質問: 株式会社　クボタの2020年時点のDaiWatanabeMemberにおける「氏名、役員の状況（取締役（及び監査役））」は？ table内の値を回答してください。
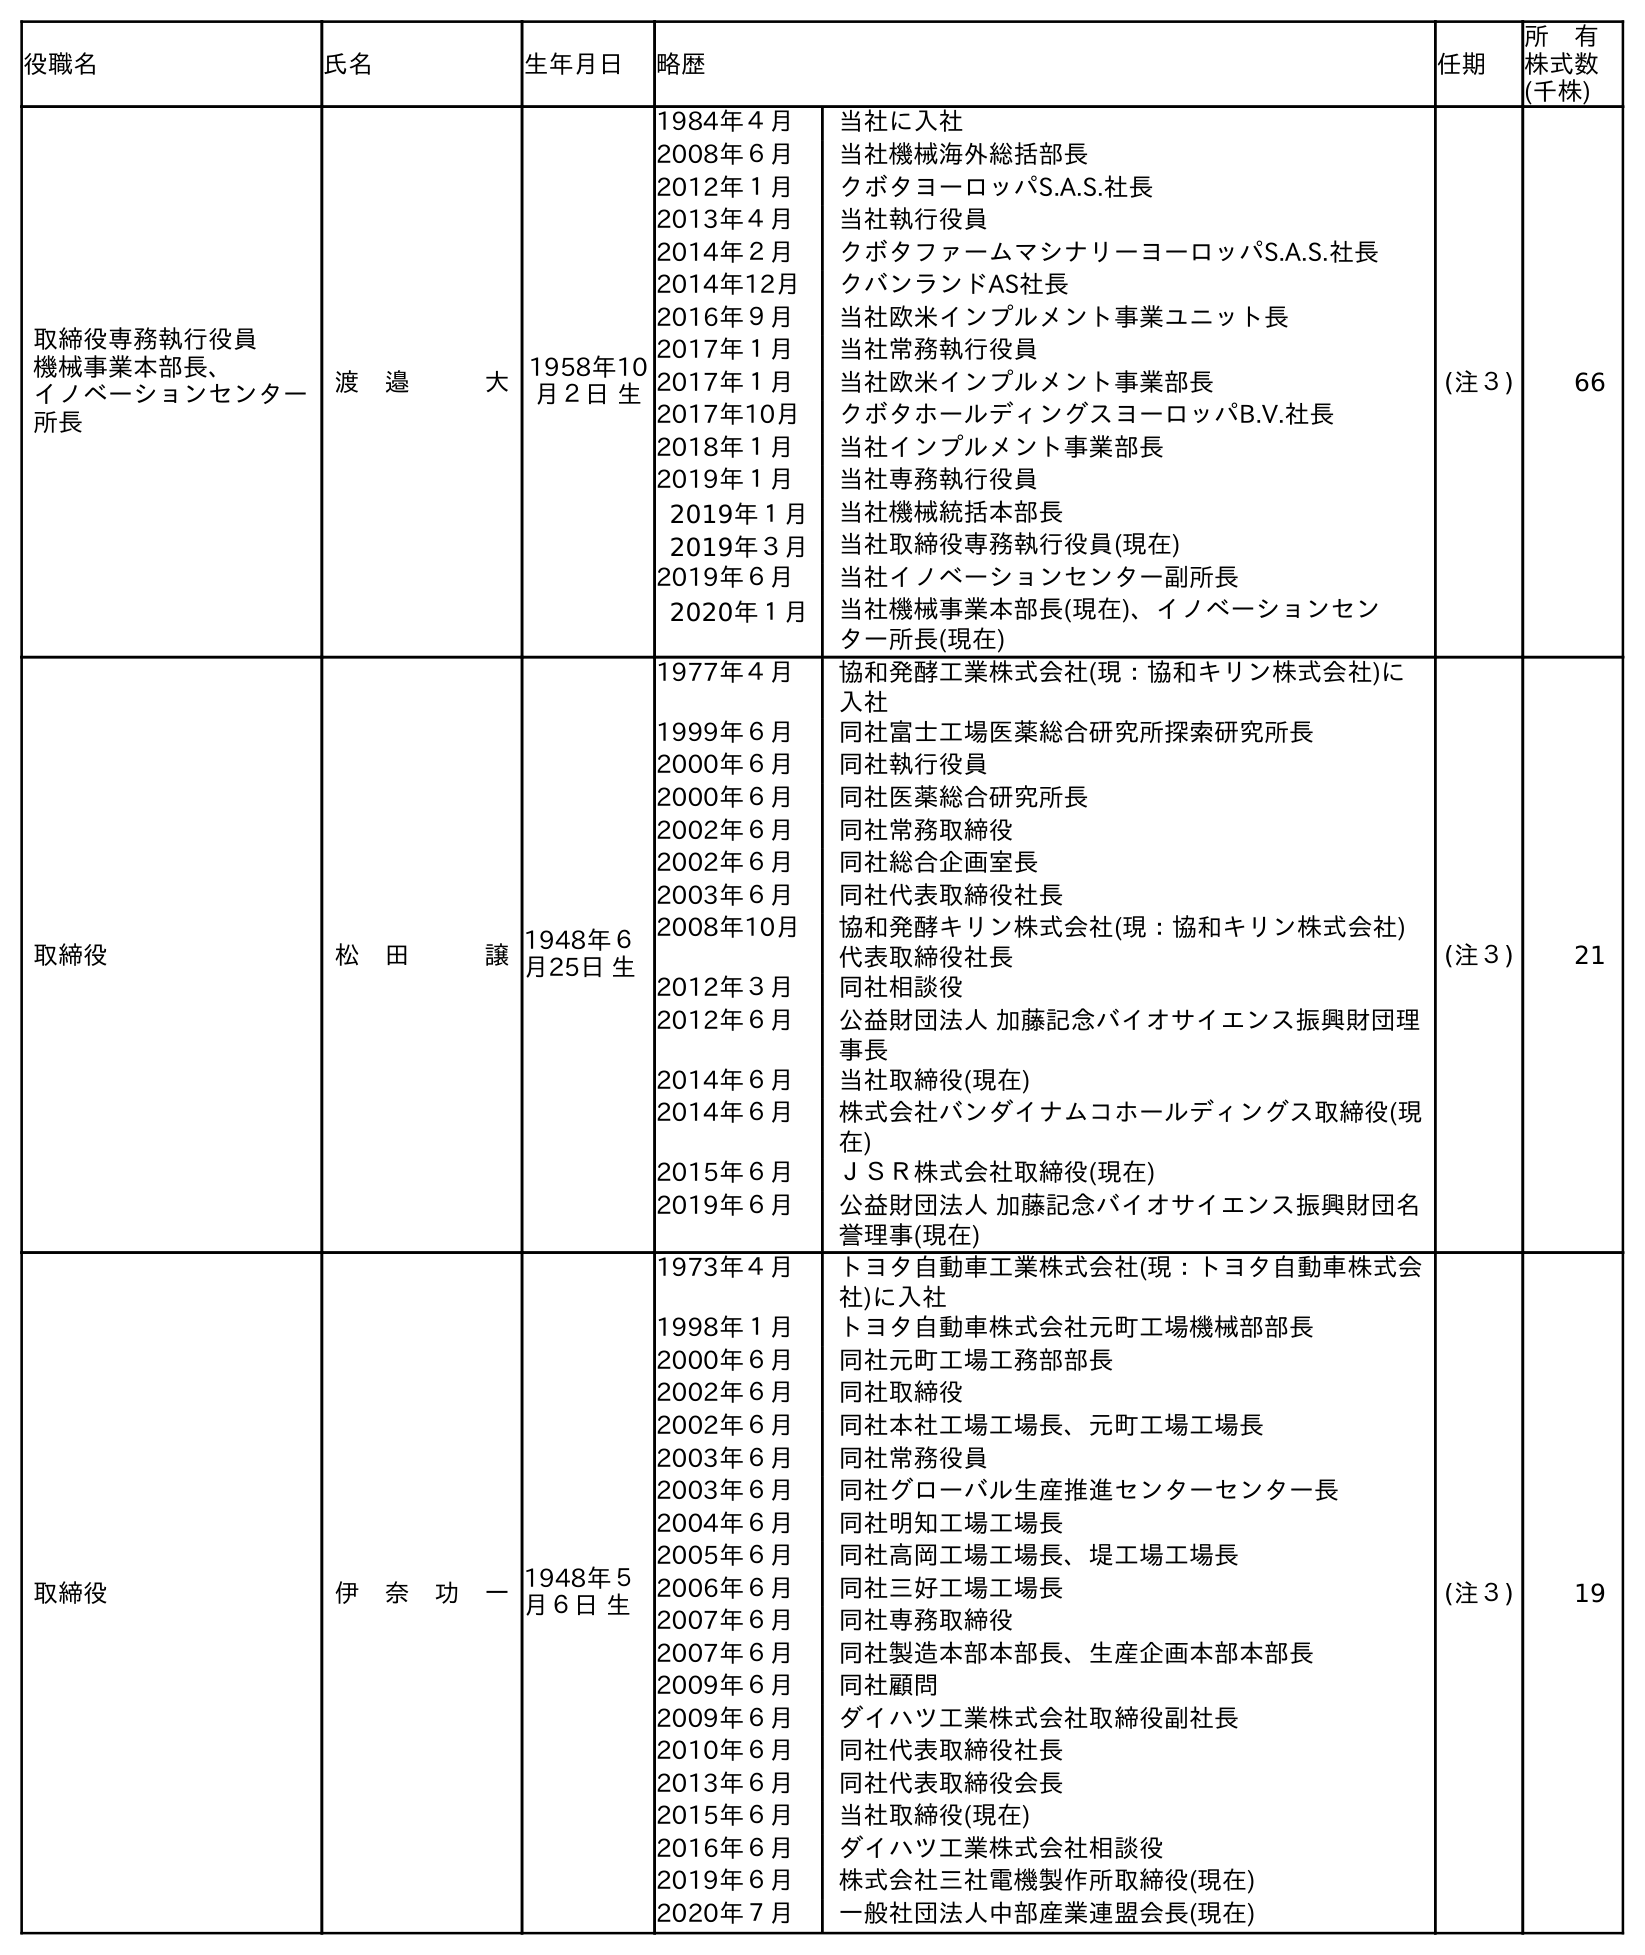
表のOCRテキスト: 役職名 氏名 生年月日 略歴 任期 所 有 株式数 (千株) 取締役専務執行役員 機械事業本部長、 イノベーションセンター 所長 渡 邉   大1958年10 月２日 生 1984年４月 当社に入社 2008年６月 当社機械海外総括部長 2012年１月 クボタヨーロッパS.A.S.社長 2013年４月 当社執行役員 2014年２月 クボタファームマシナリーヨーロッパS.A.S.社長 2014年12月 クバンランドAS社長 2016年９月 当社欧米インプルメント事業ユニット長 2017年１月 当社常務執行役員 2017年１月 当社欧米インプルメント事業部長 2017年10月 クボタホールディングスヨーロッパB.V.社長 2018年１月 当社インプルメント事業部長 2019年１月 当社専務執行役員 2019年１月 当社機械統括本部長 2019年３月 当社取締役専務執行役員(現在) 2019年６月 当社イノベーションセンター副所長 2020年１月 当社機械事業本部長(現在)、イノベーションセン ター所長(現在) (注３) 66 取締役 松 田   譲1948年６ 月25日 生 1977年４月 協和発酵工業株式会社(現：協和キリン株式会社)に 入社 1999年６月 同社富士工場医薬総合研究所探索研究所長 2000年６月 同社執行役員 2000年６月 同社医薬総合研究所長 2002年６月 同社常務取締役 2002年６月 同社総合企画室長 2003年６月 同社代表取締役社長 2008年10月 協和発酵キリン株式会社(現：協和キリン株式会社) 代表取締役社長 2012年３月 同社相談役 2012年６月 公益財団法人 加藤記念バイオサイエンス振興財団理 事長 2014年６月 当社取締役(現在) 2014年６月 株式会社バンダイナムコホールディングス取締役(現 在) 2015年６月 ＪＳＲ株式会社取締役(現在) 2019年６月 公益財団法人 加藤記念バイオサイエンス振興財団名 誉理事(現在) (注３) 21 取締役 伊 奈 功 一1948年５ 月６日 生 1973年４月 トヨタ自動車工業株式会社(現：トヨタ自動車株式会 社)に入社 1998年１月 トヨタ自動車株式会社元町工場機械部部長 2000年６月 同社元町工場工務部部長 2002年６月 同社取締役 2002年６月 同社本社工場工場長、元町工場工場長 2003年６月 同社常務役員 2003年６月 同社グローバル生産推進センターセンター長 2004年６月 同社明知工場工場長 2005年６月 同社高岡工場工場長、堤工場工場長 2006年６月 同社三好工場工場長 2007年６月 同社専務取締役 2007年６月 同社製造本部本部長、生産企画本部本部長 2009年６月 同社顧問 2009年６月 ダイハツ工業株式会社取締役副社長 2010年６月 同社代表取締役社長 2013年６月 同社代表取締役会長 2015年６月 当社取締役(現在) 2016年６月 ダイハツ工業株式会社相談役 2019年６月 株式会社三社電機製作所取締役(現在) 2020年７月 一般社団法人中部産業連盟会長(現在) (注３) 19
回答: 渡　邉大